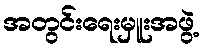
အတွင်းရေးမှူးအဖွဲ့